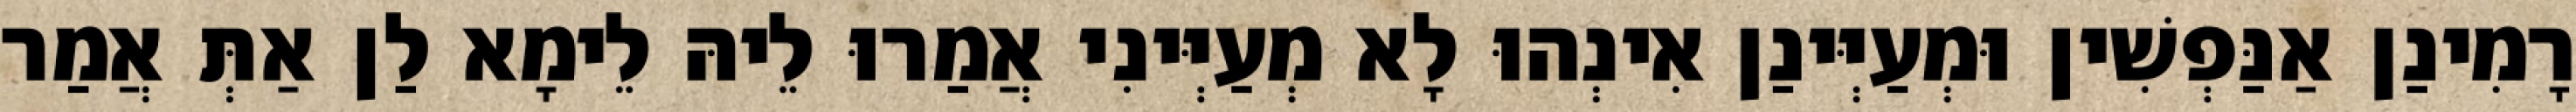
רָמִינַן אַנַּפְשִׁין וּמְעַיְּינַן אִינְהוּ לָא מְעַיְּינִי אֲמַרוּ לֵיהּ לֵימָא לַן אַתְּ אֲמַר